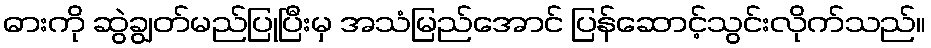
ဓားကို ဆွဲချွတ်မည်ပြုပြီးမှ အသံမြည်အောင် ပြန်ဆောင့်သွင်းလိုက်သည်။